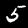
Digit: 5